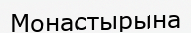
Монастырына